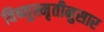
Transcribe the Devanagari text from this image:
विष्णुस्मृतीनुसार